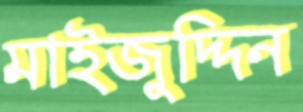
মাইজুদ্দিন